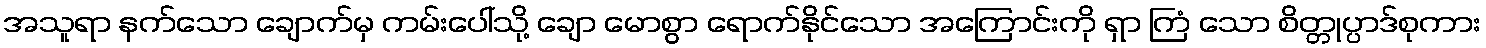
အသူရာ နက်သော ချောက်မှ ကမ်းပေါ်သို့ ချော မောစွာ ရောက်နိုင်သော အကြောင်းကို ရှာ ကြံ သော စိတ္တုပ္ပာဒ်စုကား